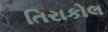
તિરાકોલ